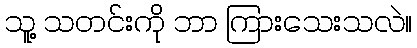
သူ့ သတင်းကို ဘာ ကြားသေးသလဲ။